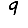
Digit: 9